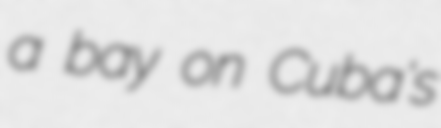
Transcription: a bay on Cuba's